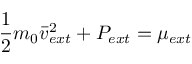
\frac { 1 } { 2 } m _ { 0 } \bar { v } _ { e x t } ^ { 2 } + P _ { e x t } = \mu _ { e x t }